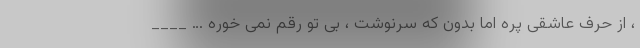
، از حرف عاشقی پره اما بدون که سرنوشت ، بی تو رقم نمی خوره … ____